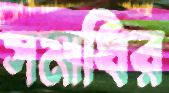
সমাধির